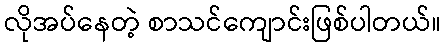
လိုအပ်နေတဲ့ စာသင်ကျောင်းဖြစ်ပါတယ်။